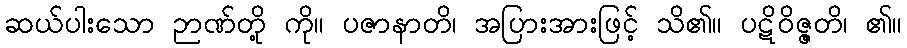
ဆယ်ပါးသော ဉာဏ်တို့ ကို။ ပဇာနာတိ၊ အပြားအားဖြင့် သိ၏။ ပဋိဝိဇ္ဇတိ၊ ၏။